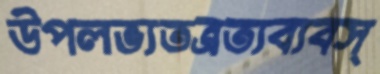
উপলভ্যতত্রত্যব্যবস্